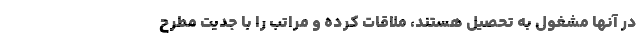
در آنها مشغول به تحصیل هستند، ملاقات کرده و مراتب را با جدیت مطرح